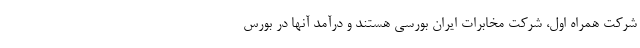
شرکت همراه اول، شرکت مخابرات ایران بورسی هستند و درآمد آنها در بورس